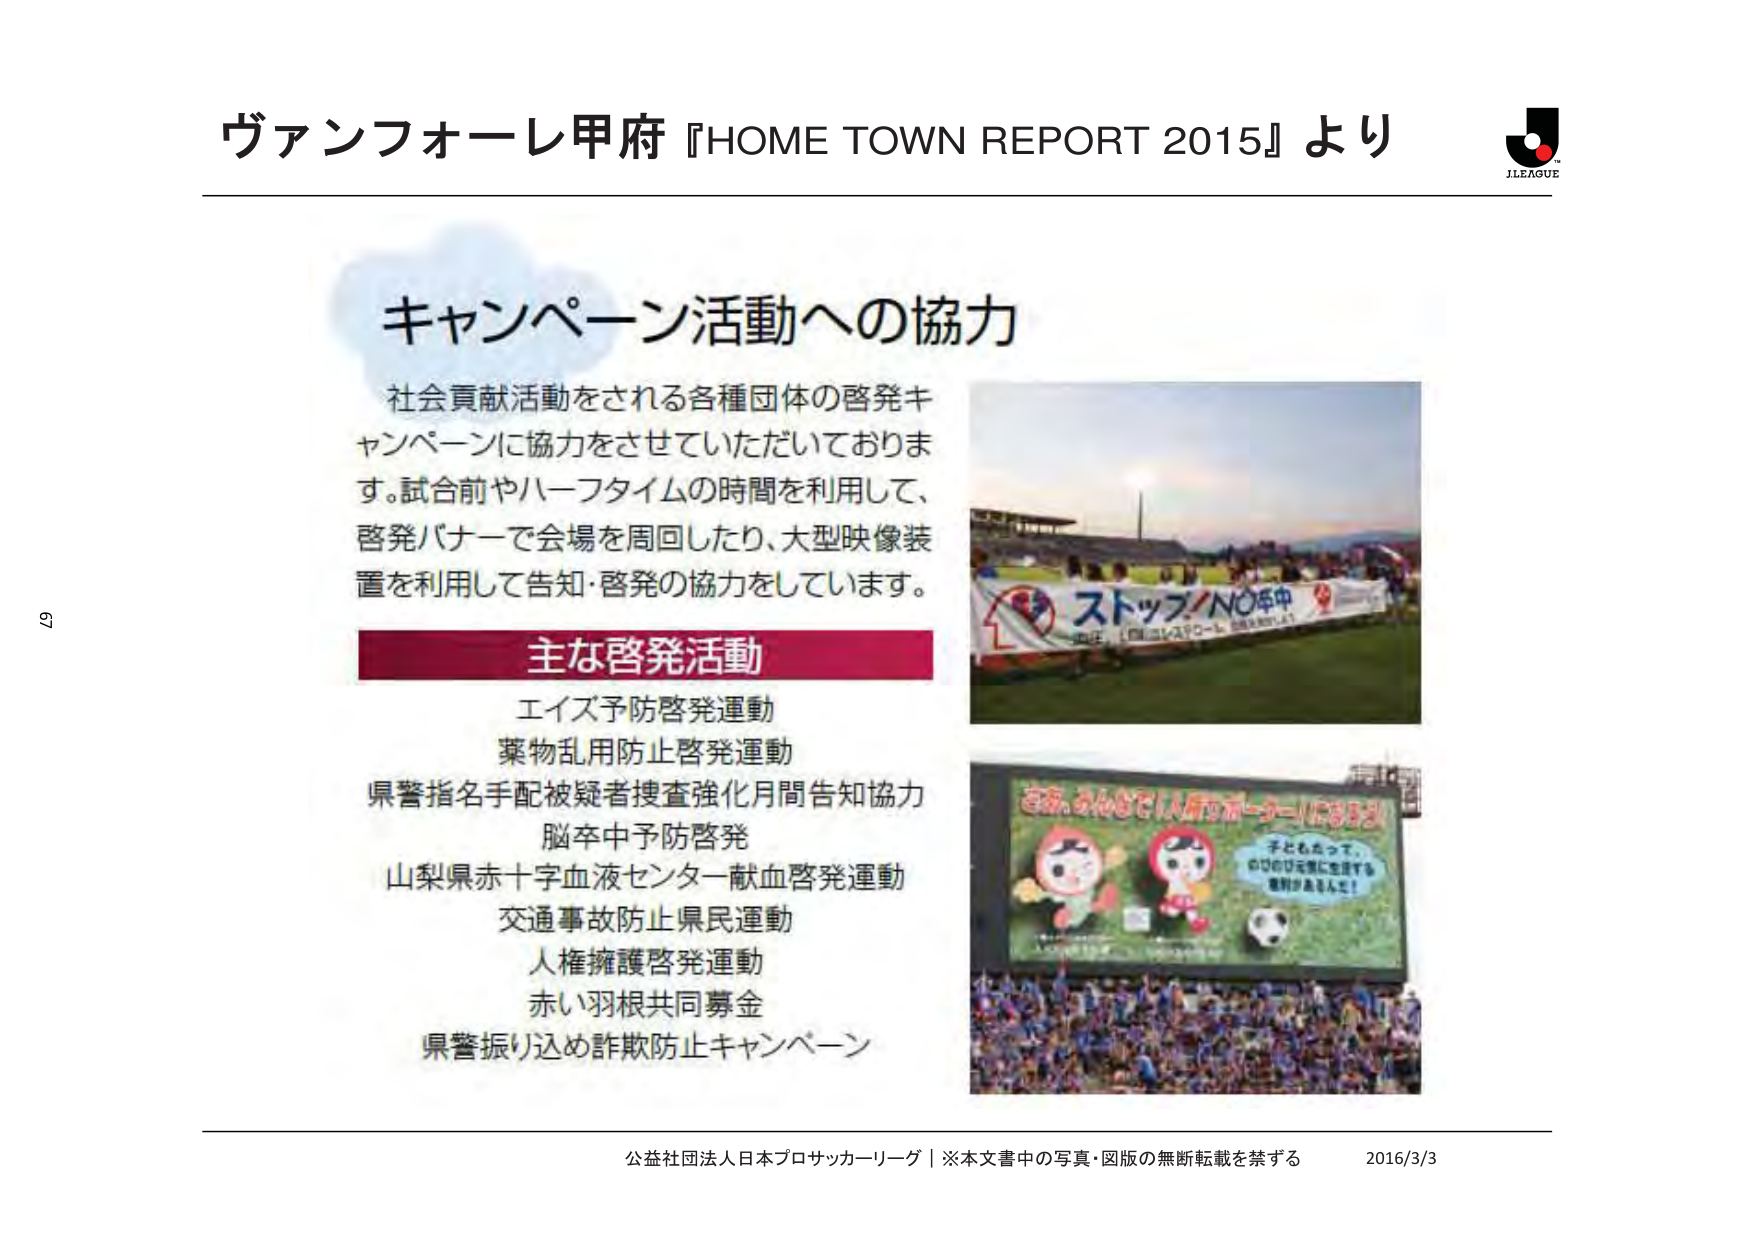
ヴァンフォーレ甲府『HOME TOWN REPORT 2015』より

キャンペーン活動への協力

社会貢献活動をされる各種団体の啓発キャンペーンに協力をさせていただいております。試合前やハーフタイムの時間を利用して、啓発バナーで会場を周回したり、大型映像装置を利用して告知・啓発の協力をしています。

主な啓発活動
エイズ予防啓発運動
薬物乱用防止啓発運動
県警指名手配被疑者捜査強化月間告知協力
脳卒中予防啓発
山梨県赤十字血液センター献血啓発運動
交通事故防止県民運動
人権擁護啓発運動
赤い羽根共同募金
県警振り込め詐欺防止キャンペーン

ストップ！NO中
（図は「脳卒中予防啓発」のバナー）

さあ、みんなでいっしょにサッカー！にほんじ
子どもだって、
のびのび元気に生活する
権利があるんだ！

公益社団法人日本プロサッカーリーグ｜※本文書中の写真・図版の無断転載を禁ずる　2016/3/3

J.LEAGUE